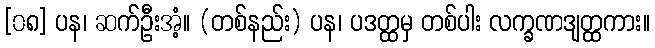
[၀၈] ပန၊ ဆက်ဦးအံ့။ (တစ်နည်း) ပန၊ ပဒတ္ထမှ တစ်ပါး လက္ခဏဒျတ္ထကား။